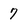
Character: 7